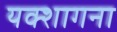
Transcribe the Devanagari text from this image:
यक्शागना